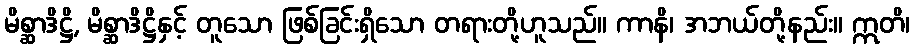
မိစ္ဆာဒိဋ္ဌိ, မိစ္ဆာဒိဋ္ဌိနှင့် တူသော ဖြစ်ခြင်းရှိသော တရားတို့ဟူသည်။ ကာနိ၊ အဘယ်တို့နည်း။ ဣတိ၊